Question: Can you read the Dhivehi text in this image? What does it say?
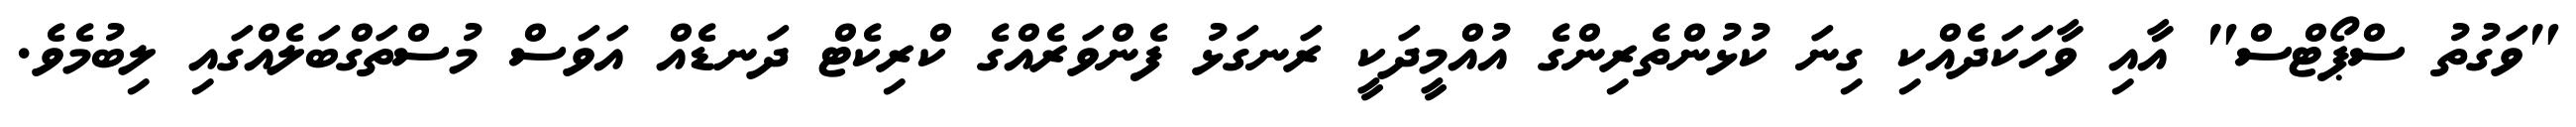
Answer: "ވަގުތު ސްޕޯޓްސް" އާއި ވާހަކަދެއްކި ގިނަ ކުޅުންތެރިންގެ އުއްމީދަކީ ރަނގަޅު ފެންވަރެއްގެ ކްރިކެޓް ދަނޑެއް އަވަސް މުސްތަގްބަލެއްގައި ލިބުމެވެ.